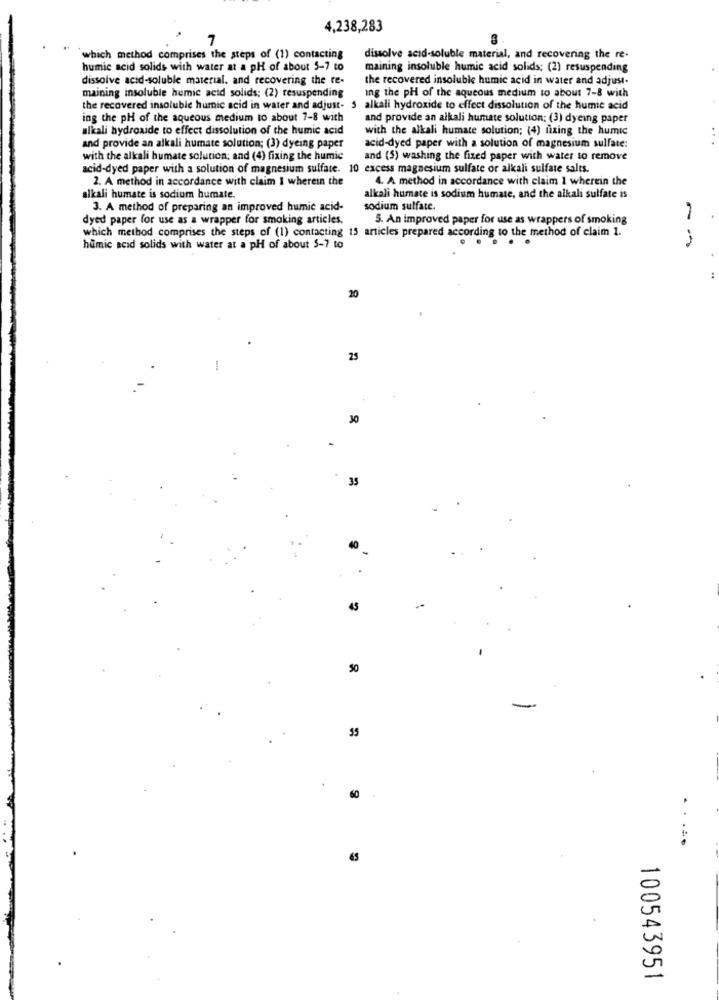
4,238,283
7
`which method comprises the steps of (1) contacting
dissolve acid-soluble material, and recovering the re-
humic acid solids with water at a pH of about 5-7 to
maining insoluble humic acid solids; (2) resuspending
dissolve acid-soluble material, and recovering the te-
the recovered insoluble humic acid in water and adjust-
Ing the pH of the aqueous medium to about 7-8 with
maining insoluble humic acid solids; (2) resuspending
the recovered insoluble humic acid in water and adjust- 5 alkali hydroxide to effect dissolution of the humic acid
ing the pH of the aqueous medium to about 7-8 with
and provide an alkali humate solution; (3) dyeing paper
alkali hydroxide to effect dissolution of the humic acid
with the alkali humate solution; (4) fixing the humic
and provide an alkali humate solution; (3) dyeing paper
acid-dyed paper with a solution of magnesium sulfate:
with the alkali humate solution; and (4) fixing the humic
and (5) washing the fixed paper with water to remove
acid-dyed paper with a solution of magnesium sulfate. 10 excess magnesium sulfate or alkali sulfate salts.
2. A method in accordance with claim I wherein the
4. A method in accordance with claim 1 wherein the
alkali humate is sodium bumate.
alkali humnate is sodium humate, and the alkali sulfate is
3. A method of preparing an improved humic acid-
sodium sulfate.
dyed paper for use as a wrapper for smoking articles.
5. An improved paper for use as wrappers of smoking
which method comprises the steps of (1) contacting 15 articles prepared according to the method of claim 1.
....
--
humic acid solids with water at a pH of about 5-7 to
20
25
30
33
45
50
55
60
.....
100543951